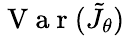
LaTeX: \mathrm{~V~a~r~}(\tilde{J_{\theta}})